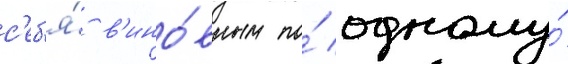
с'еб'я́ в'ино́вным по́ одному́